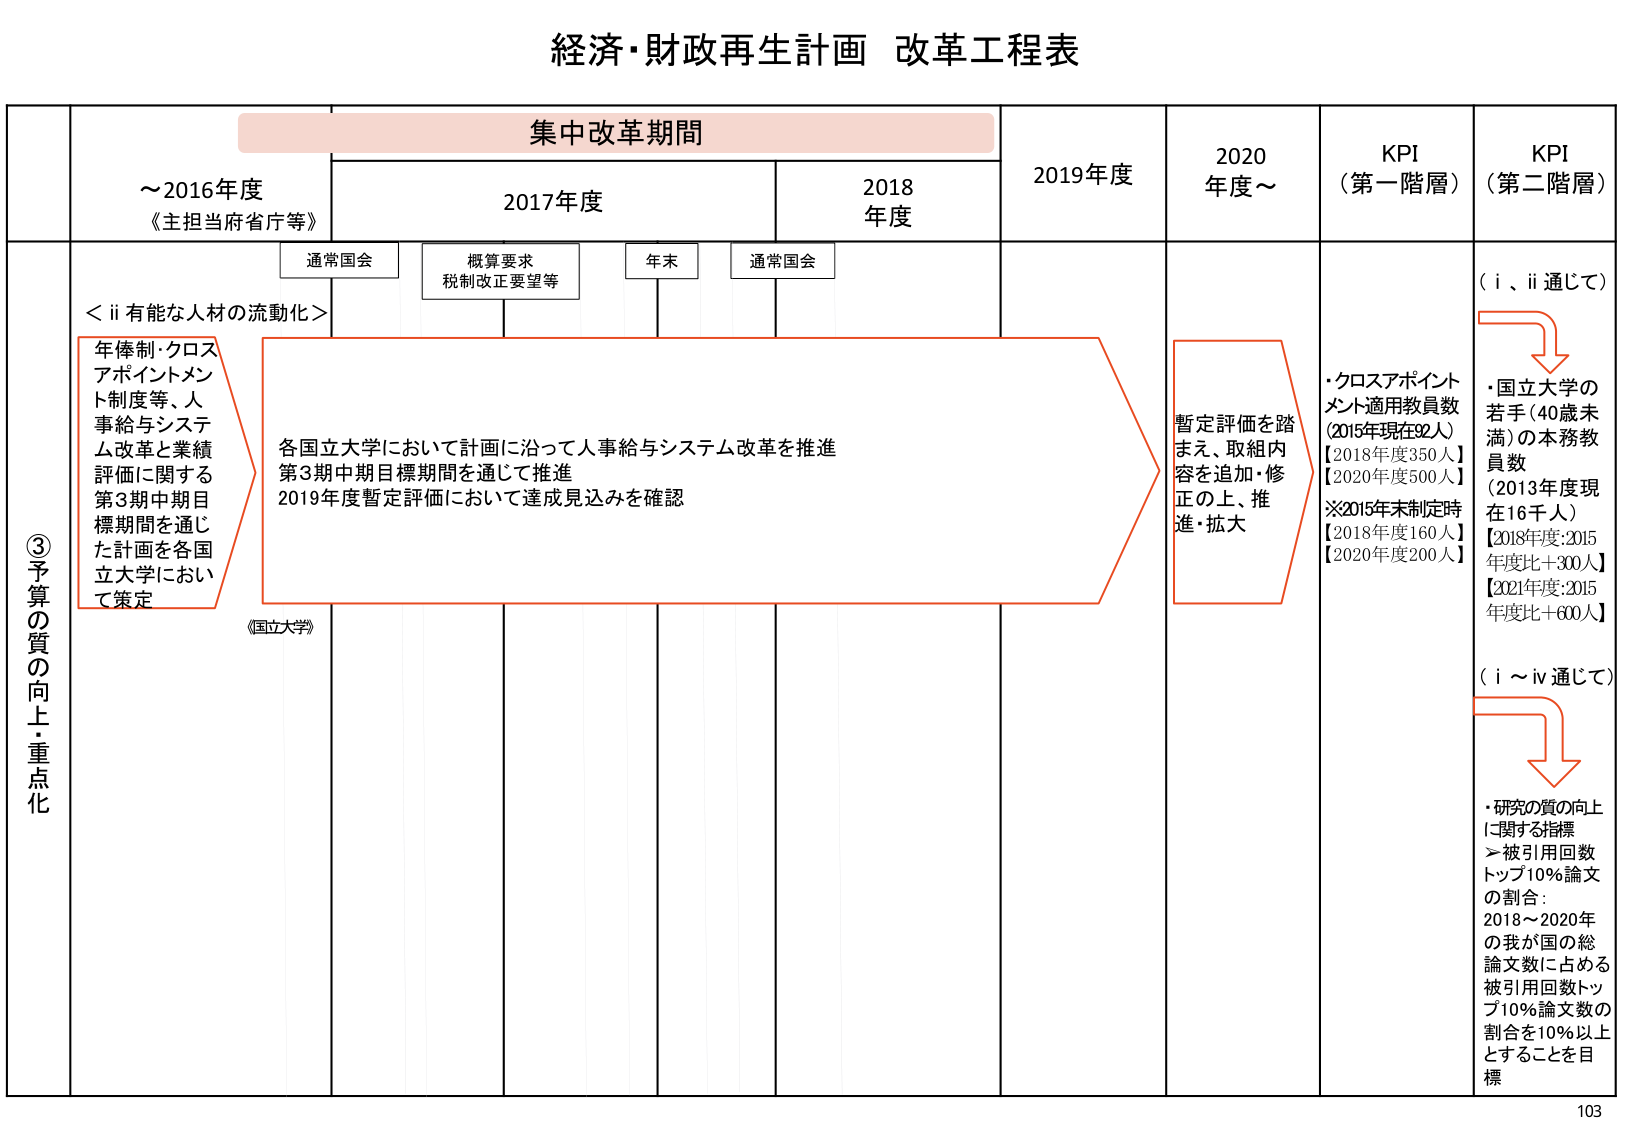
経済・財政再生計画 改革工程表

集中改革期間

～2016年度
《主担当府省庁等》

2017年度

2018年度

2019年度

2020年度～

KPI
（第一階層）

KPI
（第二階層）

通常国会

概算要求
税制改正要望等

年末

通常国会

（i、ii通じて）

＜ii 有能な人材の流動化＞

年俸制・クロス
アポイントメント制度等、人
事給与システ
ム改革と業績
評価に関する
第3期中期目
標期間を通じ
た計画を各国
立大学におい
て策定

各国立大学において計画に沿って人事給与システム改革を推進
第3期中期目標期間を通じて推進
2019年度暫定評価において達成見込みを確認

暫定評価を踏
まえ、取組内
容を追加・修
正の上、推
進・拡大

・クロスアポイント
メント適用教員数
(2015年現在92人)
【2018年度350人】
【2020年度500人】
※2015年末制定時
【2018年度160人】
【2020年度200人】

・国立大学の
若手(40歳未
満)の本務教
員数
(2013年度現
在16千人)
【2018年度:2015
年度比＋300人】
【2021年度:2015
年度比＋600人】

③予算の質の向上・重点化

《国立大学》

（i～iv通じて）

・研究の質の向上
に関する指標
＞被引用回数
トップ10%論文
の割合：
2018～2020年
の我が国の総
論文数に占める
被引用回数トッ
プ10%論文数の
割合を10%以上
とすることを目
標

103